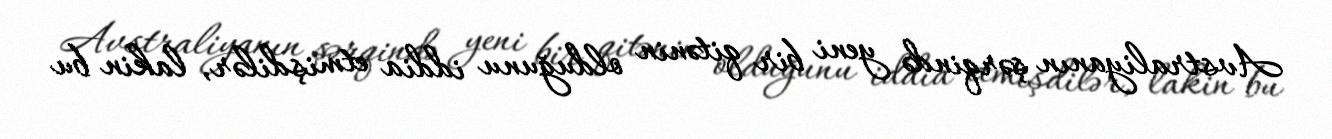
Avstraliyanın şərqində yeni bir qitənin olduğunu iddia etmişdilər, lakin bu